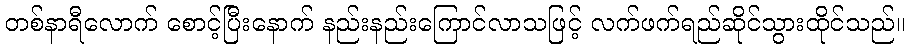
တစ်နာရီလောက် စောင့်ပြီးနောက် နည်းနည်းကြောင်လာသဖြင့် လက်ဖက်ရည်ဆိုင်သွားထိုင်သည်။